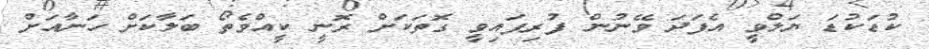
ކުޑަކުޑަ ޔަލްވީ އެފަދަ ވޭނުން ފުރިފަައިވީ ގޮތަކަށް ރޮނީ ކީއްވެތޯ ބަލާކަށް ހަނާއަށް